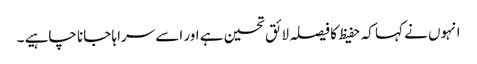
انہوں نے کہا کہ حفیظ کا فیصلہ لائق تحسین ہے اور اسے سراہا جانا چاہیے ۔